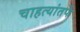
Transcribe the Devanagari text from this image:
चाहत्यांतर्फे